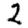
Digit: 2